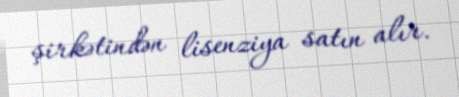
şirkətindən lisenziya satın alır.